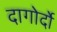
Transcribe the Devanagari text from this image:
दागोर्दो